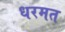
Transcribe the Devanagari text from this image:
धरमत